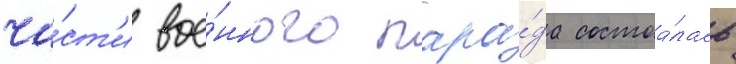
ча́ст'и вое́нного пара́да состоа́лась